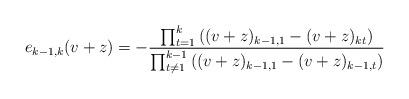
LaTeX: \begin{align*}e_{k-1,k}(v+z)=-\displaystyle\frac{\prod_{t=1}^k\left((v+z)_{k-1,1}-(v+z)_{kt}\right)}{\prod_{t \neq 1}^{k-1}\left((v+z)_{k-1,1}-(v+z)_{k-1,t}\right)}\end{align*}